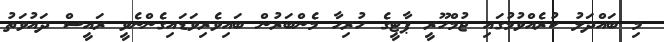
މި ބައްދަލު ކުރެއްވުމުގައި ޖުމްހޫރީ ޕާޓީގެ ހުރިހާ މެންބަރުން ބައިވެރިވަޑައިގެންނެވީ ރައީސް ދައުވަތު